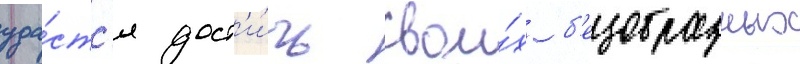
уда́стс'я дост'и́чь свои́х б'езобразных